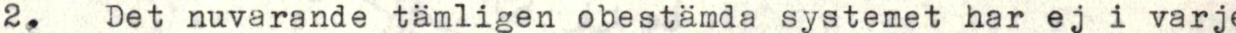
2.  Det nuvarande tämligen obestämda systemet har ej i varj